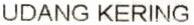
UDANG KERING